65_HS1-101634279_100-DE-26505
Agency: FBI
Incident date: 11/7/57
Incident location: Germany
Page 11
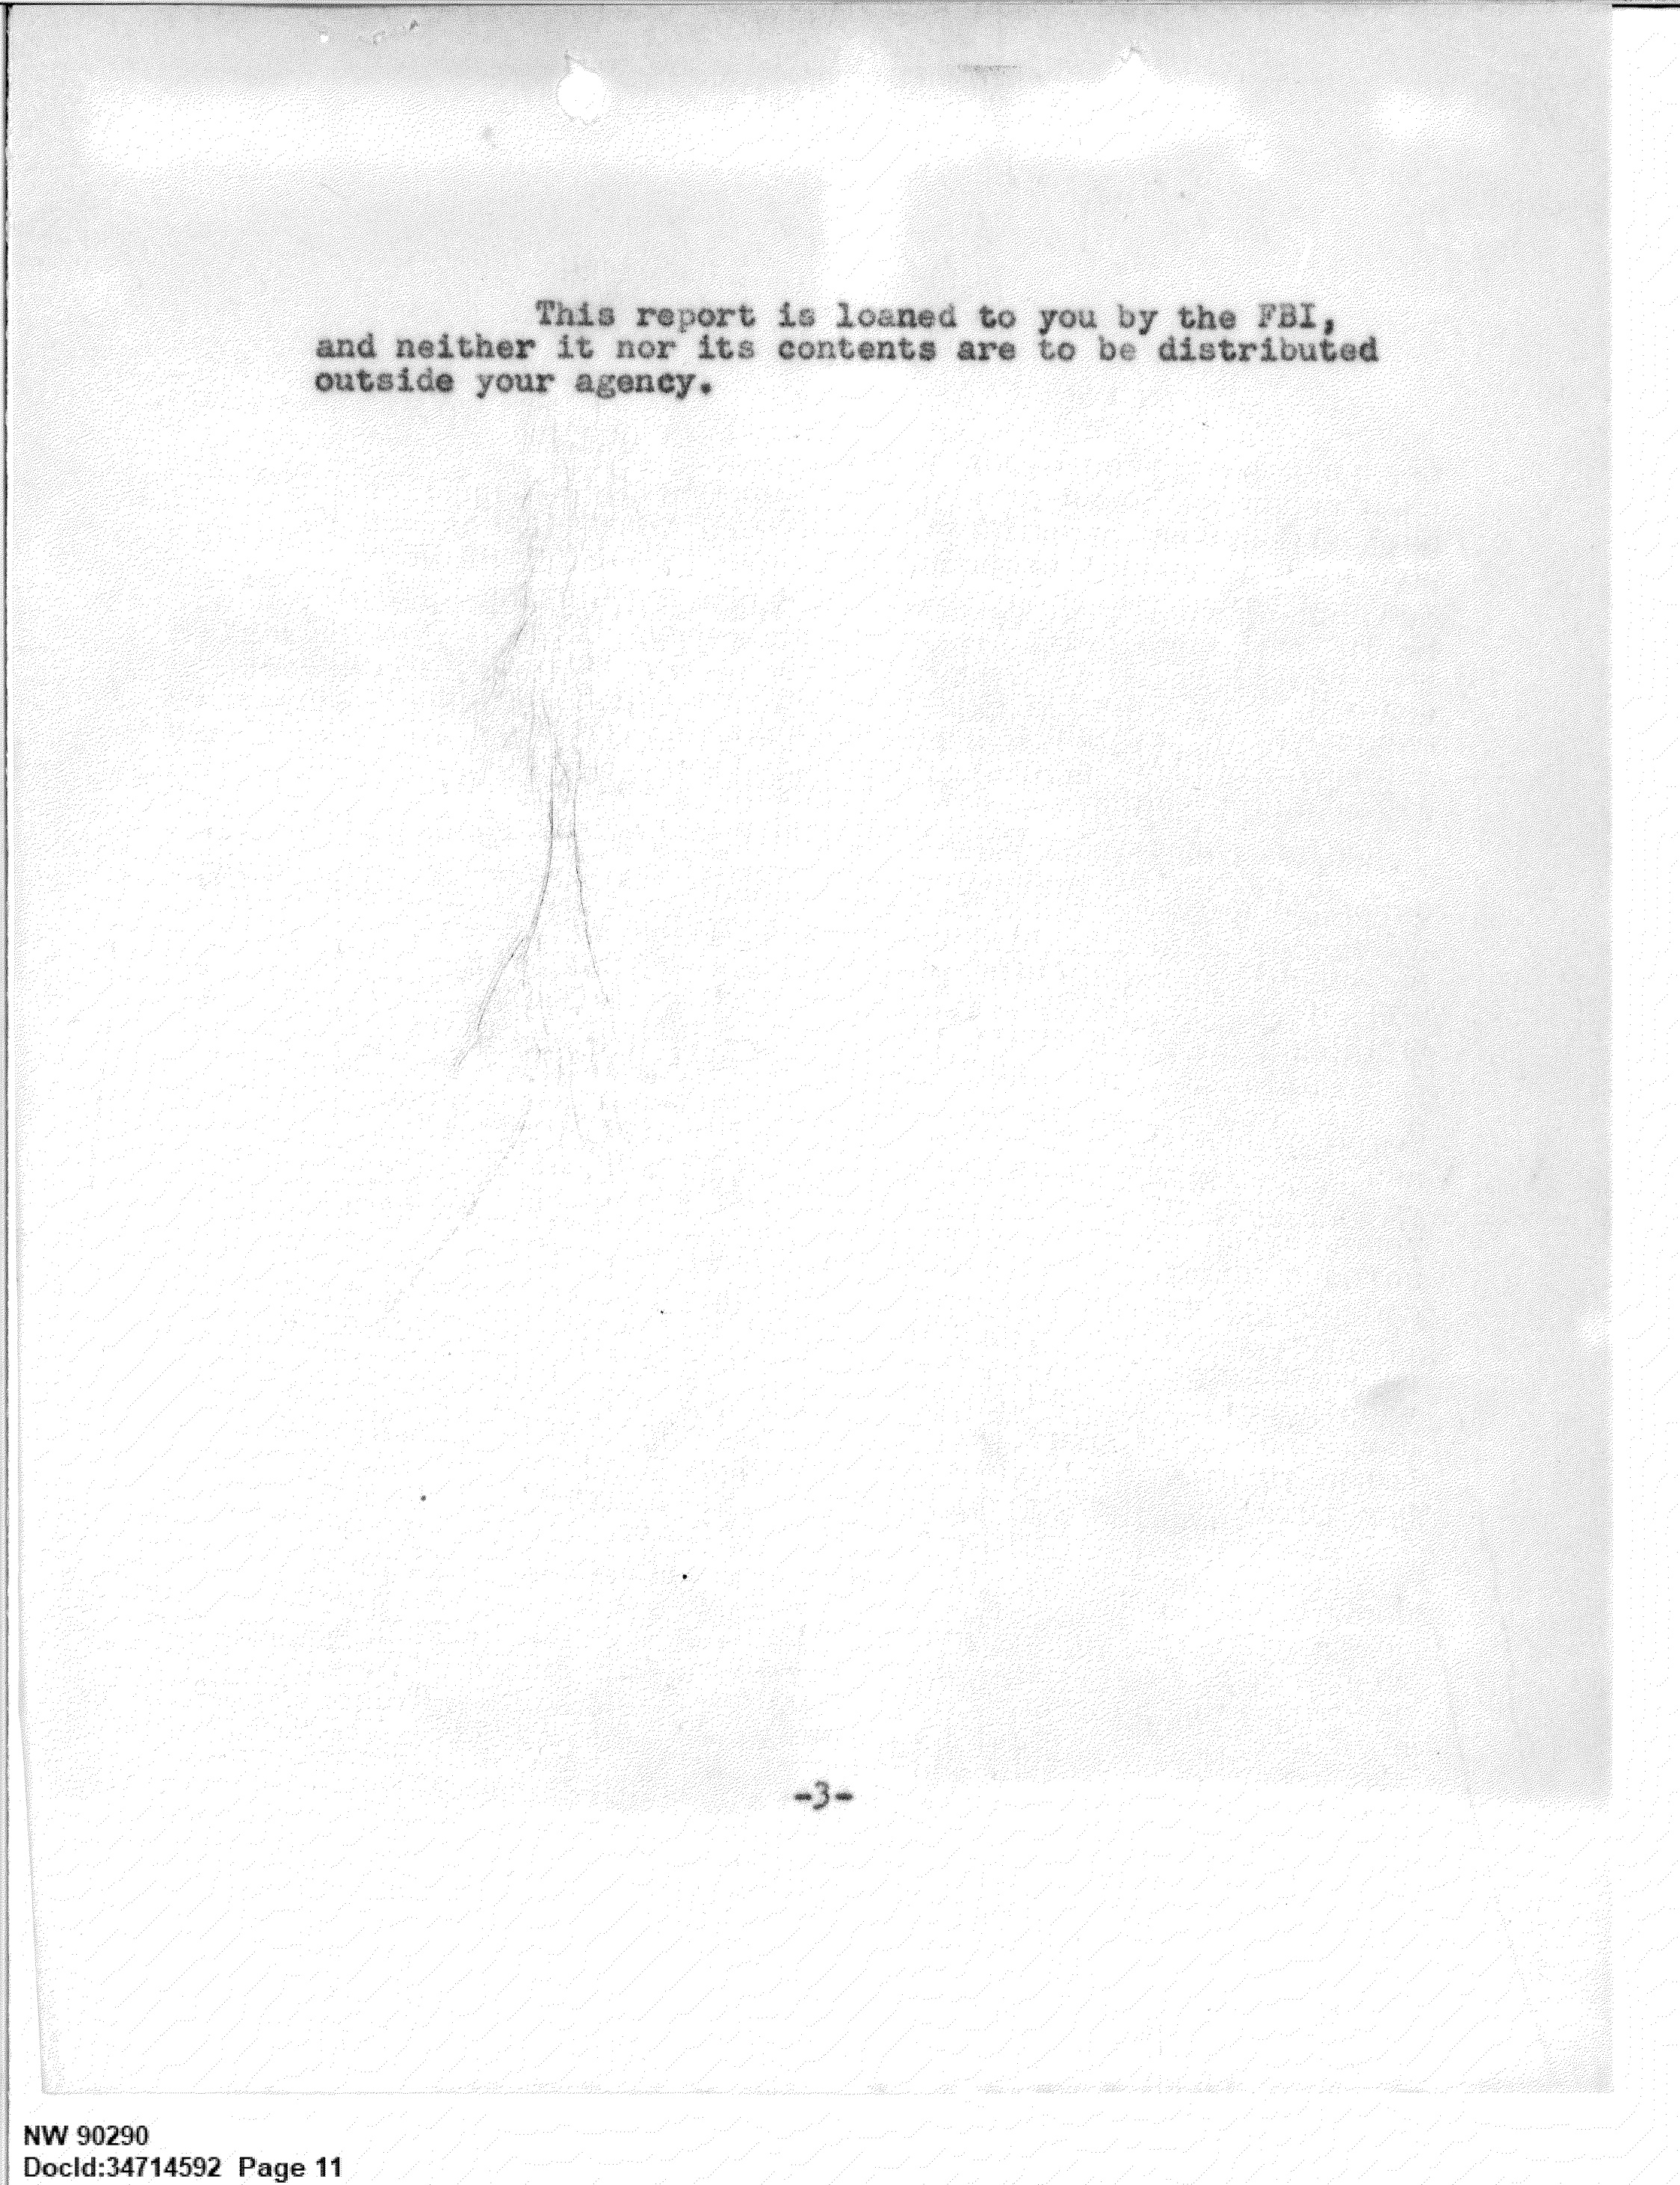